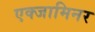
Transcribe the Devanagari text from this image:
एक्‍जामिनर